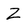
Character: Z